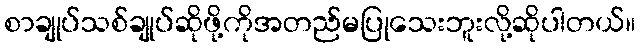
စာချုပ်သစ်ချုပ်ဆိုဖို့ကိုအတည်မပြုသေးဘူးလို့ဆိုပါတယ်။